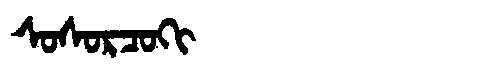
Manchu: ᠰᠣᠰᠣᡵᠴᠣᡴᡳ
Romanization: SOSORCOKI